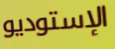
الإستوديو